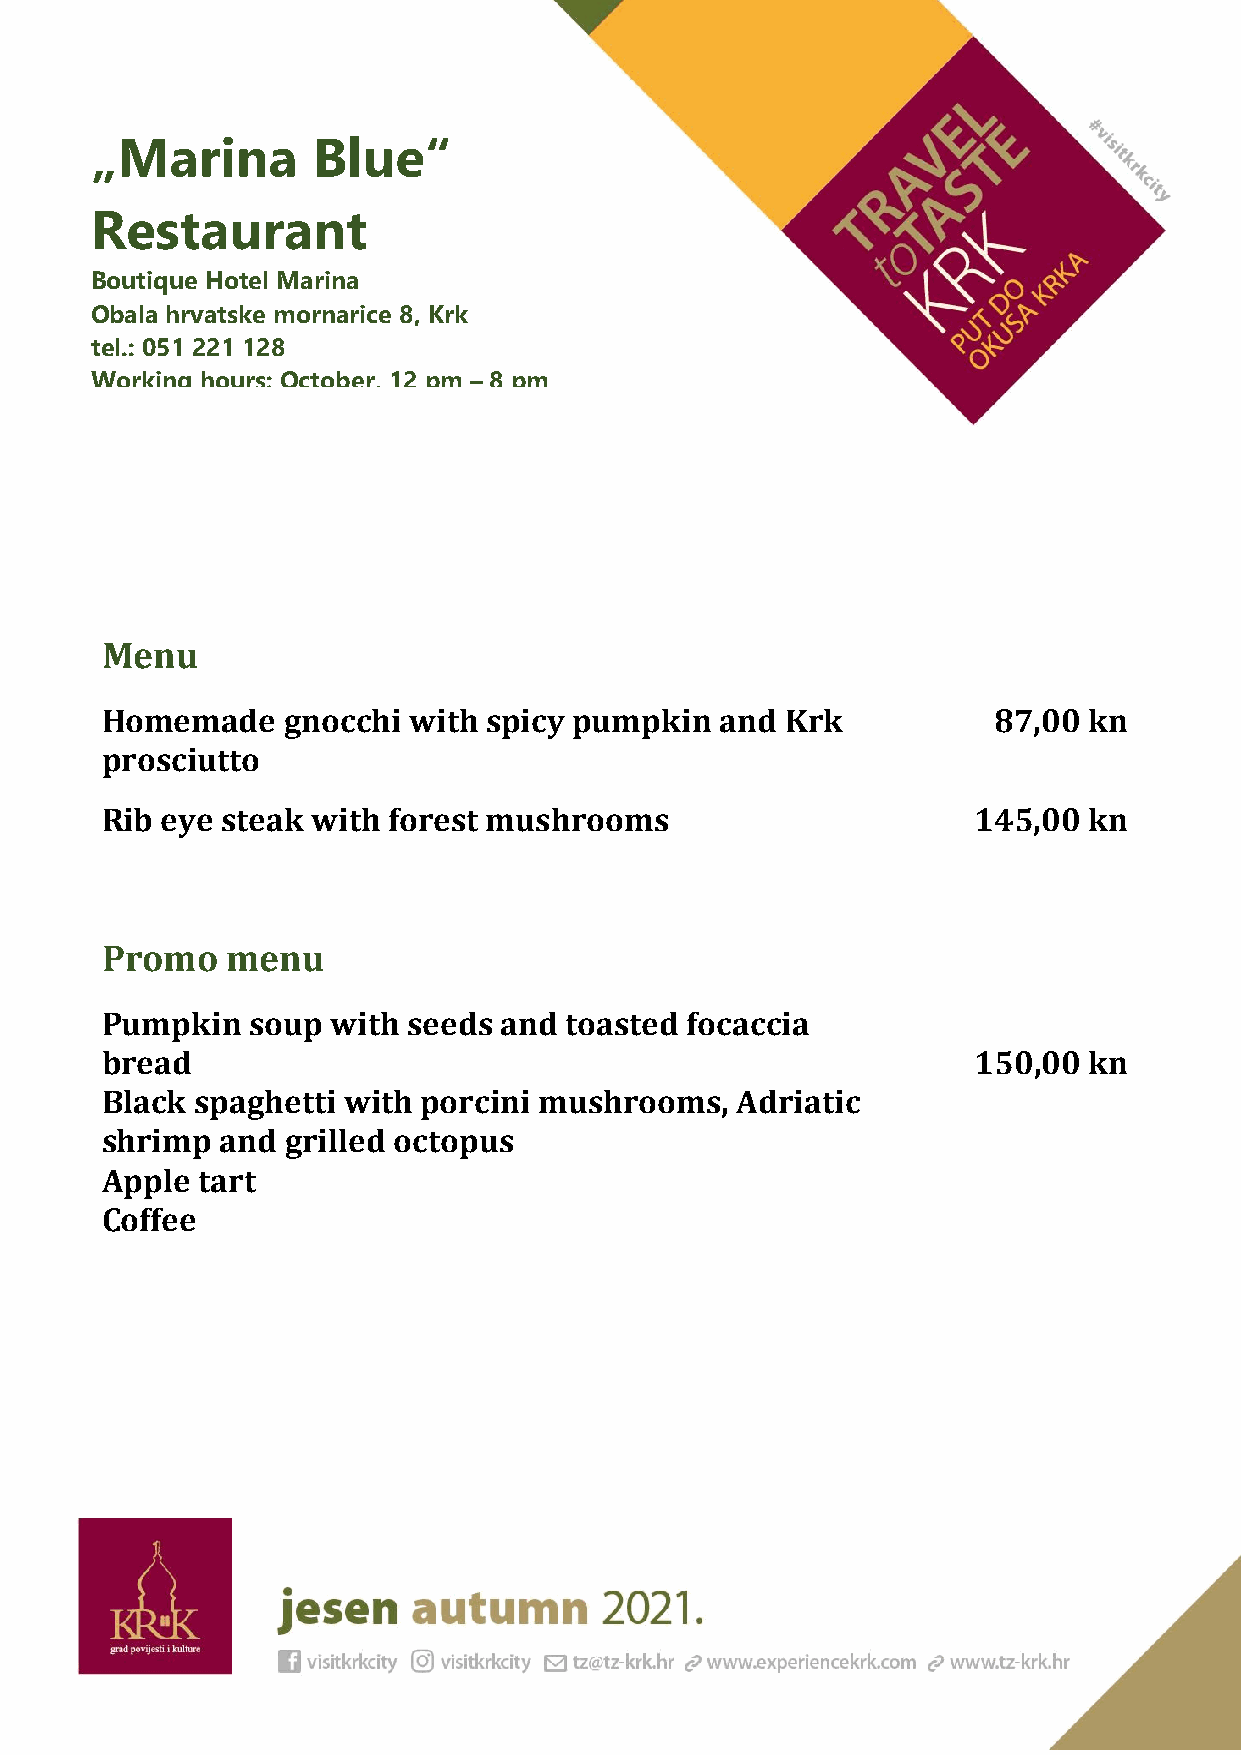
„Marina        Blue“
 Restaurant
 Boutique Hotel Marina
 Obala hrvatske mornarice 8, Krk
 tel.: 051 221 128
 Working hours: October, 12 pm – 8 pm
 Menu
 Homemade    gnocchi with spicy pumpkin   and Krk           87,00 kn
 prosciutto
 Rib eye steak with forest mushrooms                      145,00  kn
 Promo   menu
 Pumpkin  soup  with seeds and toasted focaccia
 bread                                                    150,00  kn
 Black spaghetti with porcini mushrooms,   Adriatic
 shrimp  and grilled octopus
 Apple tart
 Coffee